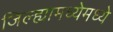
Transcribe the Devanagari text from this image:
जिल्ह्यामध्येमध्ये